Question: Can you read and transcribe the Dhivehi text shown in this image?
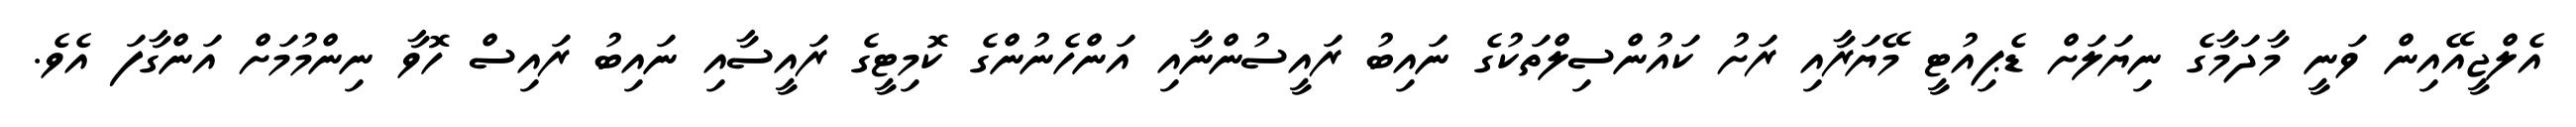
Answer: އެލްޖީއޭއިން ވަނީ މާދަމާގެ ނިޔަލަށް ޑެޕިއުޓީ މޭޔަރާއި ރަށު ކައުންސިލްތަކުގެ ނައިބު ރައީސުންނާއި އަންހެނުންގެ ކޮމިޓީގެ ރައީސާއި ނައިބު ރައިސް ހޮވާ ނިންމުމަށް އަންގާފަ އެވެ.